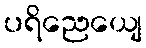
ပရိညေယျေ